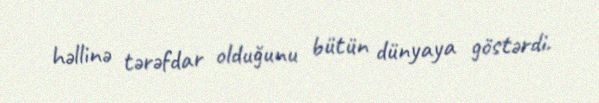
həllinə tərəfdar olduğunu bütün dünyaya göstərdi.